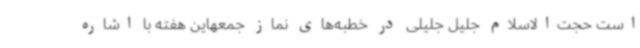
است حجت‌الاسلام جلیل جلیلی در خطبه‌های نماز جمعهاین هفته با اشاره